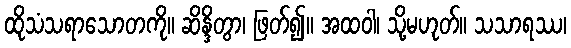
ထိုသံသရာသောတကို။ ဆိန္ဒိတွာ၊ ဖြတ်၍။ အထဝါ၊ သို့မဟုတ်။ သသာရဿ၊